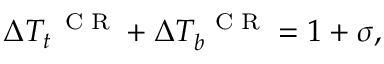
\Delta T _ { t } ^ { \mathrm { ~ \scriptsize ~ C ~ R ~ } } + \Delta T _ { b } ^ { \mathrm { ~ \scriptsize ~ C ~ R ~ } } = 1 + \sigma ,